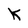
Character: K